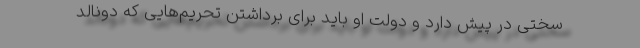
سختی در پیش دارد و دولت او باید برای برداشتن تحریم‌هایی که دونالد